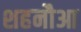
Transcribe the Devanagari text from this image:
शहनौआ